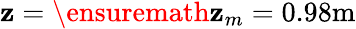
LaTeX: \mathbf{z}=\ensuremath{{\mathbf{z}_{m}}}=0.98\mathrm{{m}}